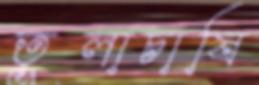
তুলাচাষি